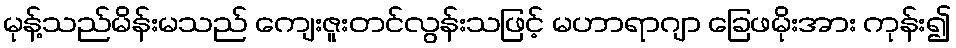
မုန့်သည်မိန်းမသည် ကျေးဇူးတင်လွန်းသဖြင့် မဟာရာဂျာ ခြေဖမိုးအား ကုန်း၍